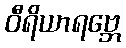
ဝီရိယာရဗ္ဘေ